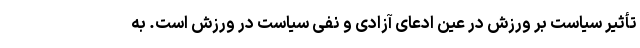
تأثیر سیاست بر ورزش در عین ادعای آزادی و نفی سیاست در ورزش است. به